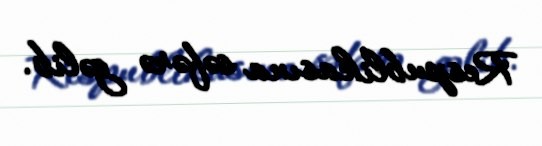
Respublikasına səfərə gəlib.